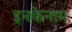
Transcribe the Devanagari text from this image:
इनकेनाम